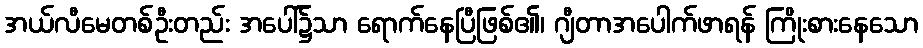
အယ်လီမေတစ်ဦးတည်း အပေါ်၌သာ ရောက်နေပြီဖြစ်၏၊ ဂျီတာအပေါက်ဖာရန် ကြိုးစားနေသော